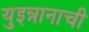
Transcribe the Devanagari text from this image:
युइन्नानाची